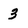
Character: 3